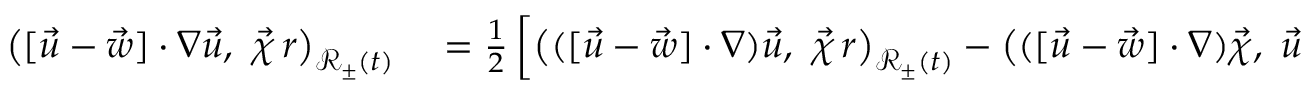
\begin{array} { r l } { \bigl ( [ \vec { u } - \vec { w } ] \cdot \nabla \vec { u } , ~ \vec { \chi } \, r \bigr ) _ { \mathscr { R } _ { \pm } ( t ) } } & { { } = \frac { 1 } { 2 } \left[ \bigl ( ( [ \vec { u } - \vec { w } ] \cdot \nabla ) \vec { u } , ~ \vec { \chi } \, r \bigr ) _ { \mathscr { R } _ { \pm } ( t ) } - \bigl ( ( [ \vec { u } - \vec { w } ] \cdot \nabla ) \vec { \chi } , ~ \vec { u } \, r \bigr ) _ { \mathscr { R } _ { \pm } ( t ) } \right] + \frac { 1 } { 2 } \bigl ( \vec { u } - \vec { w } , ~ \nabla ( \vec { u } \cdot \vec { \chi } ) r \bigr ) _ { \mathscr { R } _ { \pm } ( t ) } } \end{array}